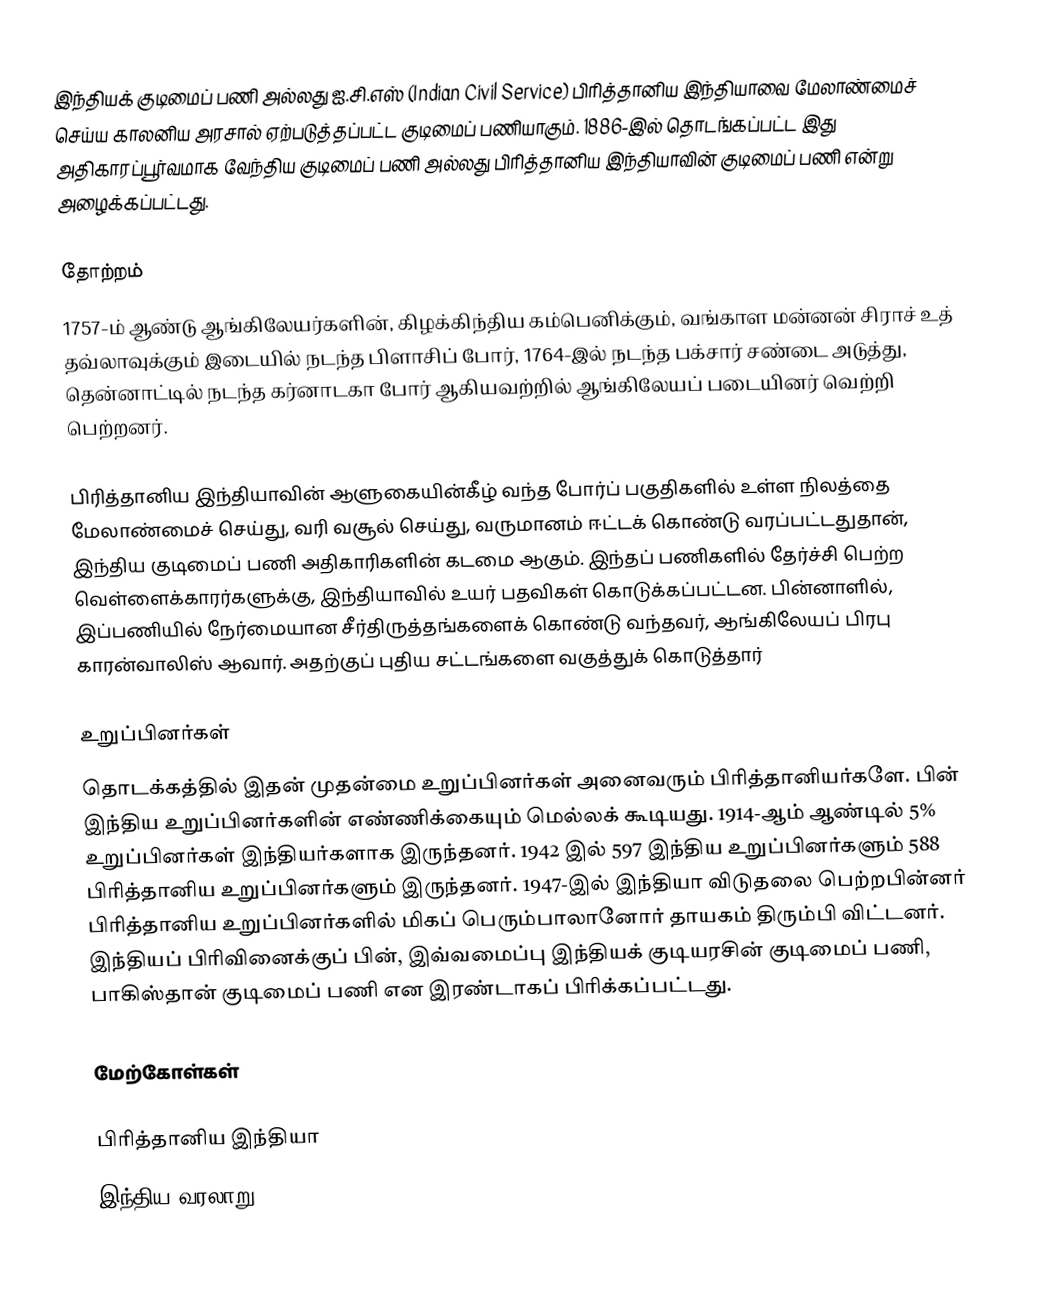
இந்தியக் குடிமைப் பணி அல்லது ஐ.சி.எஸ் (Indian Civil Service) பிரித்தானிய இந்தியாவை மேலாண்மைச் செய்ய காலனிய அரசால் ஏற்படுத்தப்பட்ட குடிமைப் பணியாகும். 1886-இல் தொடங்கப்பட்ட இது அதிகாரப்பூர்வமாக வேந்திய குடிமைப் பணி அல்லது பிரித்தானிய இந்தியாவின் குடிமைப் பணி என்று அழைக்கப்பட்டது.

தோற்றம்
1757-ம் ஆண்டு ஆங்கிலேயர்களின், கிழக்கிந்திய கம்பெனிக்கும், வங்காள மன்னன் சிராச் உத் தவ்லாவுக்கும் இடையில் நடந்த பிளாசிப் போர், 1764-இல் நடந்த பக்சார் சண்டை அடுத்து, தென்னாட்டில் நடந்த கர்னாடகா போர் ஆகியவற்றில் ஆங்கிலேயப் படையினர் வெற்றி பெற்றனர்.

பிரித்தானிய இந்தியாவின் ஆளுகையின்கீழ் வந்த போர்ப் பகுதிகளில் உள்ள நிலத்தை மேலாண்மைச் செய்து, வரி வசூல் செய்து, வருமானம் ஈட்டக் கொண்டு வரப்பட்டதுதான், இந்திய குடிமைப் பணி அதிகாரிகளின் கடமை ஆகும். இந்தப் பணிகளில் தேர்ச்சி பெற்ற வெள்ளைக்காரர்களுக்கு, இந்தியாவில் உயர் பதவிகள் கொடுக்கப்பட்டன. பின்னாளில், இப்பணியில் நேர்மையான சீர்திருத்தங்களைக் கொண்டு வந்தவர், ஆங்கிலேயப் பிரபு காரன்வாலிஸ் ஆவார். அதற்குப் புதிய சட்டங்களை வகுத்துக் கொடுத்தார்

உறுப்பினர்கள்
தொடக்கத்தில் இதன் முதன்மை உறுப்பினர்கள் அனைவரும் பிரித்தானியர்களே. பின் இந்திய உறுப்பினர்களின் எண்ணிக்கையும் மெல்லக் கூடியது. 1914-ஆம் ஆண்டில் 5% உறுப்பினர்கள் இந்தியர்களாக இருந்தனர். 1942 இல் 597 இந்திய உறுப்பினர்களும் 588 பிரித்தானிய உறுப்பினர்களும் இருந்தனர். 1947-இல் இந்தியா விடுதலை பெற்றபின்னர் பிரித்தானிய உறுப்பினர்களில் மிகப் பெரும்பாலானோர் தாயகம் திரும்பி விட்டனர். இந்தியப் பிரிவினைக்குப் பின், இவ்வமைப்பு இந்தியக் குடியரசின் குடிமைப் பணி, பாகிஸ்தான் குடிமைப் பணி என இரண்டாகப் பிரிக்கப்பட்டது.

மேற்கோள்கள்

பிரித்தானிய இந்தியா
இந்திய வரலாறு